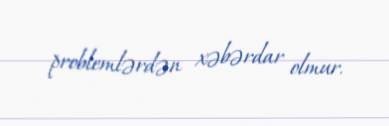
problemlərdən xəbərdar olmur.